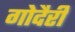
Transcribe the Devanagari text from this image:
गोदैरी